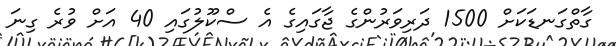
ގާތްގަނޑަކަށް 1500 ދަރިވަރުންގެ ޖާގައިގެ އެ ސްކޫލުގައި 40 އަށް ވުރެ ގިނަ